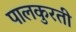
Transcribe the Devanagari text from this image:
पालकुरती